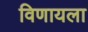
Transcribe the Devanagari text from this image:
विणायला